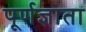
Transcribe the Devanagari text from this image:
पूर्णज्ञाता